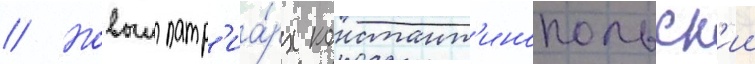
// Новыи патр'иа́рх констант'инопольск'ии